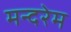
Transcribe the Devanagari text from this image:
मन्दरेम